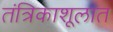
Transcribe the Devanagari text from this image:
तंत्रिकाशूलात